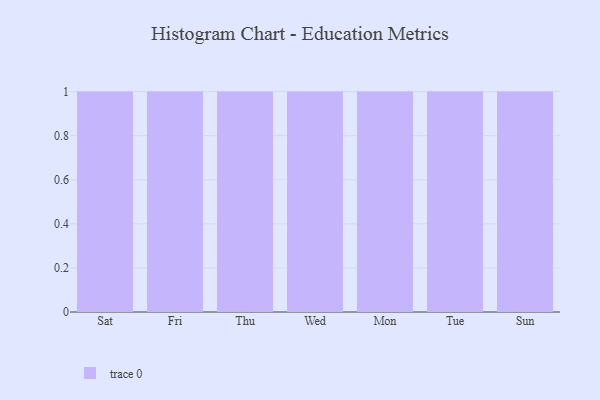
{"axis": {"x": "Day", "y": "Shipments"}, "legend": [""], "data": [{"x": "Sat", "y": 43, "type": ""}, {"x": "Fri", "y": 10, "type": ""}, {"x": "Thu", "y": 100, "type": ""}, {"x": "Wed", "y": 78, "type": ""}, {"x": "Mon", "y": 54, "type": ""}, {"x": "Tue", "y": 87, "type": ""}, {"x": "Sun", "y": 80, "type": ""}]}